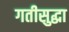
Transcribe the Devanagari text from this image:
गतीसुद्धा